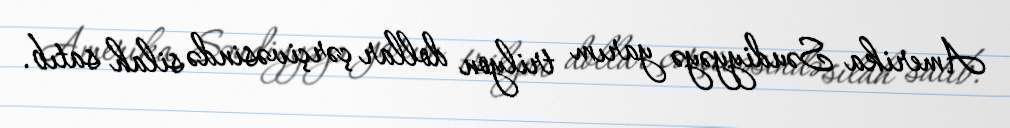
Amerika Səudiyyəyə yarım trilyon dollar çərçivəsində silah satıb.